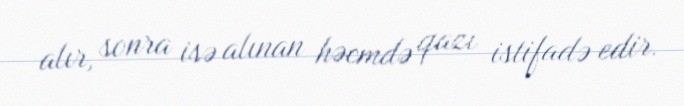
alır, sonra isə alınan həcmdə qazı istifadə edir.